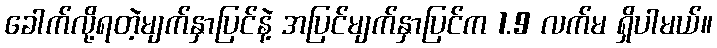
ခေါက်လို့ရတဲ့မျက်နှာပြင်နဲ့ အပြင်မျက်နှာပြင်က 1.9 လက်မ ရှိပါမယ်။